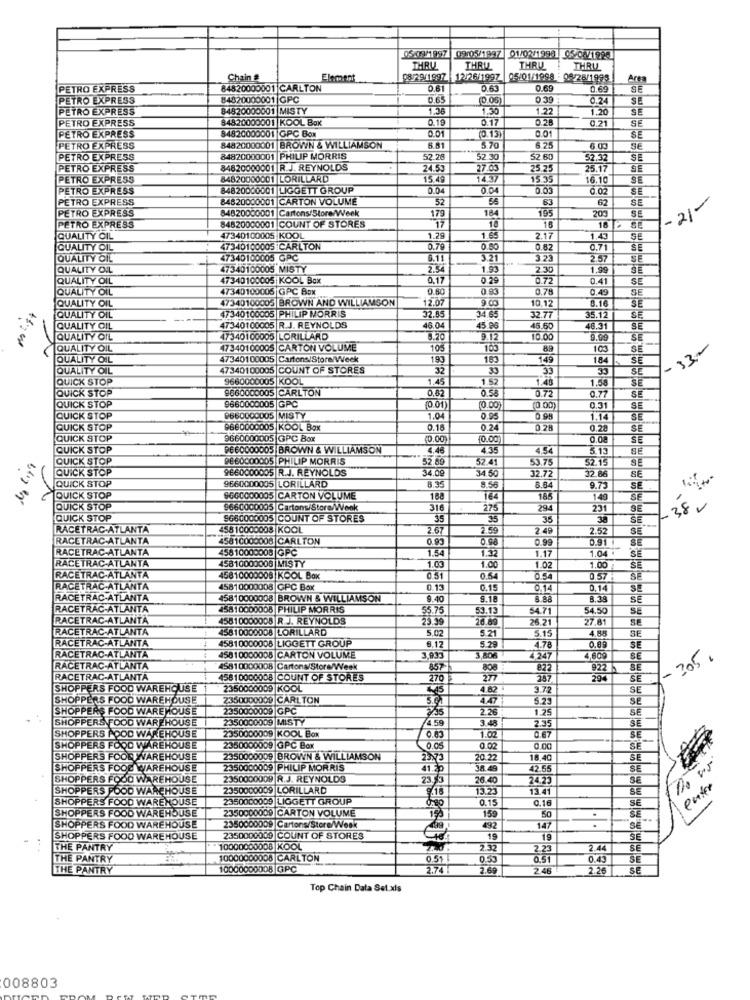
0509/1997 09/05/1997 01/02/1996 05/02/1994
THRU
THRU
THRU
THRU
Chain &
Element
08/29/1997 |12/26/1997
05/01/1998 : 08/28/1993
Area
PETRO EXPRESS
84820000001 CARLTON
0.61
0.63
0.69
0.69
SE
PETRO EXPRESS
84820000001 GPC
0.65
(0.05)
0 39
0.24
SE
PETRO EXPRESS
84820000001 MISTY
1.36
1.30
1.22
1.20
SE
PETRO EXPRESS
84820000001 KOOL BOK
0.19
0.17
0.21
SE
84820000001 GPC Box
0.01
(0.13
0.01
PETRO EXPRESS
SE
PETRO EXPRESS
84820000001 BROWN & WILLIAMSON
5.51
5.70
$25
6.00
SE
PETRO EXPRESS
84820000001 PHILIP MORRIS
52.28
52.30
$2.60
52.3
SE
PETRO EXPRESS
84820000001 R.J. REYNOLDS
24.53
7.63
25.25
25.17
SE
PETRO EXPRESS
84820000001 LORILLARD
15.49
14.37
15.35
16.10
SE
PETRO EXPRESS
84820000001 LIGGETT GROUP
0.04
0.04
0.03
SE
PETRO EXPRESS
84820000001 CARTON VOLUME
52
62
SE
-21-
PETRO EXPRESS
84820000001 Cartons/Store/Week
184
195
63
84820000001 COUNT OF STORES
179
17
16
209
SE
PETRO EXPRESS
18
18
QUALITY CIL
47340100005 KOOL
1.29
2.17
1.43
QUALITY OIL
47340100005 CARLTON
0.79
0.50
0.82
0.71
SE
QUALITY OIL
47340100005 GPC
6.11
3.21
3.23
2.57 |
SE
QUALITY OIL
47340100005 MISTY
2.34
1.93
2.30
1.99
JE
QUALITY OIL
47340100005 |KOOL Box
0.17
0 29
0.72
0.41
SE
QUALITY OIL
47340100005 GPC Box
0.80
0.83
0.78
0.49
SE
47340100005 BROWN AND WILLIAMSON
12.07
8.16
QUALITY OIL
47340100005 PHILIP MORRIS
10.12
SE
QUALITY OIL
32.85
34.65
32.77
35.12
QUALITY OIL
47340100005 |R.J. REYNOLDS
46.0
45 B
45.6
46.31
SE
QUALITY OIL
47340100005 LORILLARD
8.20
10.0
9.09
SE
QUALITY OIL
47340100005 CARTON VOLUME
105
105
89
103
SE
-33 ,-
QUALITY OIL
47340100005 Cartons/Store/Week
193
183
149
184
QUALITY OIL
47340100005 |COUNT OF STORES
32
33
33
35
SE
QUICK STOP
9660000005 |KOOL
1.45
1.52
1.48
1.50
SE
QUICK STOP
9660000005 |CARLTON
0,52
0.5
0.72
0.77
QUICK STOP
SE
9660000005 |GPC
(0.01)
(0.00)
0.00)
0.31
SE
QUICK STOP
9660000005 |MISTY
1.04
0.95
1.14
SE
QUICK STOP
9680000005 KOOL Box
0.15
0.24
0 28
0.28
SE
QUICK STOP
9660000005 GPC Box
(0.00)
10.00
0.08
SE
QUICK STOP
P660000005|BROWN & WILLIAMSON
4.46
43
4.54
5.13
QUICK STOP
PE60000005 PHILIP MORRIS
52.09
52.41
53.75
52.1.
SE
QUICK STOP
9660000005 R.J. REYNOLDS
34,09
34.50
32.72
QUICK STOP
32.86
SE
9660000005 LORILLARD
8.35
8.56
8.64
9.73
SE
QUICK STOP
9600000005 CARTON VOLUME
188
164
185
140
SE
QUICK STOP
9660000005 Cartons/Store/Week
316
275
294
231
38
QUICK STOP
9660000005 COUNT OF STORES
35
35
35
30
SE
RACETRAC-ATLANTA
45810000008 KOOL
2.67
2.59
2.49
2.52
SE
RACETRAC-ATLANTA
45810000008 CARLTON
0.93
0.98
NO
0.91
RACETRAC-ATLANTA
45810000008 GPC
1.5
1.32
1.17
1.04 .
SE
RACETRAC-ATLANTA
45810000008 MISTY
1.00
1.02
1.00
SE
RACETRAC-ATLANTA
45810000008 KOOL Box
0 51
0.54
0.54
0.57
SE
RACETRAC-ATLANTA
45810000008 GPC Box
0.13
0.15
0.14
0,14
RACETRAC-ATLANTA
45810000008 BROWN & WILLIAMSON
9.40
5.18
8.38
SE
RACETRAC-ATLANTA
45810000008 PHILIP MORRIS
55.75
53.13
54.71
54.50
SE
RACETRAC-ATLANTA
45810000008 R.J. REYNOLDS
23.39
26.69
26.21
27.81
SE
RACETRAC-ATLANTA
45810000008 LORILLARD
5.02
5.21
5.15
4.88
45810000008 LIGGETT GROUP
SE
RACETRAC-ATLANTA
9.12
5.29
4.78
SE
RACETRAC-ATLANTA
45810000008 CARTON VOLUME
3.933
3,80€
4 247
4,609
SE
-305.
RACETRAC-ATLANTA
45810000008 Cartons/Store/Week
857-
808
822
922
BE
RACETRAC-ATLANTA
15810000008 COUNT OF STORES
270
287
SE
SHOPPERS FOOD WAREHOUSE
2350000009 |KOOL
4.82
3.72
SE
SHOPPERS FOOD WAREHOUSE
2350000009 CARLTON
447
5.23
SE
SHOPPERS FOOD WAREHOUSE
2350000009 GPC
226
1.25
SE
SHOPPERS FOOD WAREHOUSE
2350000009 MISTY
745
3.48
2.35
-
SE
2350000009 KOOL Box
SE
SHOPPERS POOD WAREHOUSE
0.63
1.02
0.67
SHOPPERS FOOD WAREHOUSE
2350000009 GPC Box
0.05
0.02
0.00
SE
SHOPPERS FOOD WAREHOUSE
2350000009 BROWN & WILLIAMSON
20.22
18.40
SE
SHOPPERS FOOD WAREHOUSE
2350000009 PHILIP MORRIS
41.2
38.49
42.55
SE
SHOPPERS FOOD WAREHOUSE
2350000009 R.J. REYNOLDS
23,3
26.40
24.23
SHOPPERS FOOD WAREHOUSE
2350000009 LORILLARD
13.2
13.41
SE
SHOPPERS FOOD WAREHOUSE
2350000009 |LIGGETT GROUP
0.15
0.16
SE
SHOPPERS FOOD WAREHOUSE
2350000009 CARTON VOLUME
159
.
SE
147
50
.
SHOPPERS FOOD WAREHOUSE
2350000009 Cartons/Store/Week
492
SE
SHOPPERS FOOD WAREHOUSE
2350000009 COUNT OF STORES
15
19
SE
THE PANTRY
10000000008 KOOL
2.32
2.23
2.44
SE
THE PANTRY
10000000008 CARLTON
0.51
0.53
0.51
0.43
SE
THE PANTRY
10000000008 GPC
3.74
2.69
2.48
2.26
SE
Top Chain Data Set.xls
008803